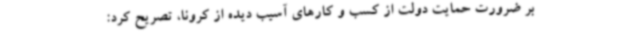
بر ضرورت حمایت دولت از کسب و کارهای آسیب دیده از کرونا، تصریح کرد: